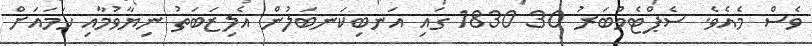
ވެސް މެއެވެ. ސެޕްޓެމްބަރު 30 1830 ގައި އަނބިކަނބަލުން އެލިޒަބަތު ނިޔާވުމާއި ހަމައަށް